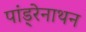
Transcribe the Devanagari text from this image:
पांड्रेनाथन